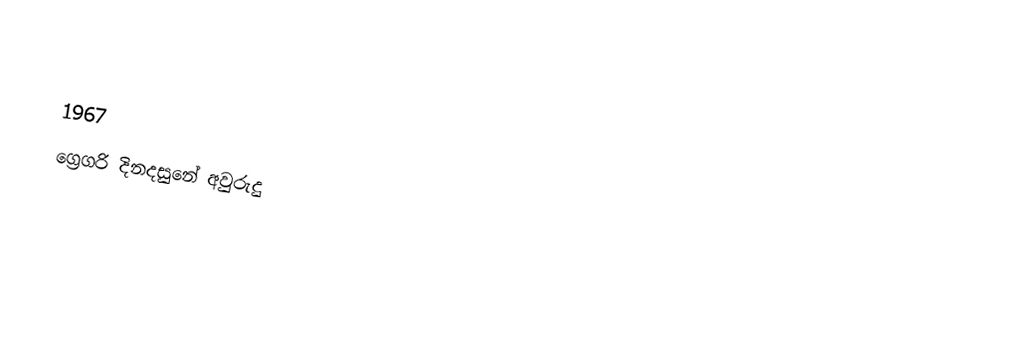

1967
ග්‍රෙගරි දිනදසුනේ අවුරුදු